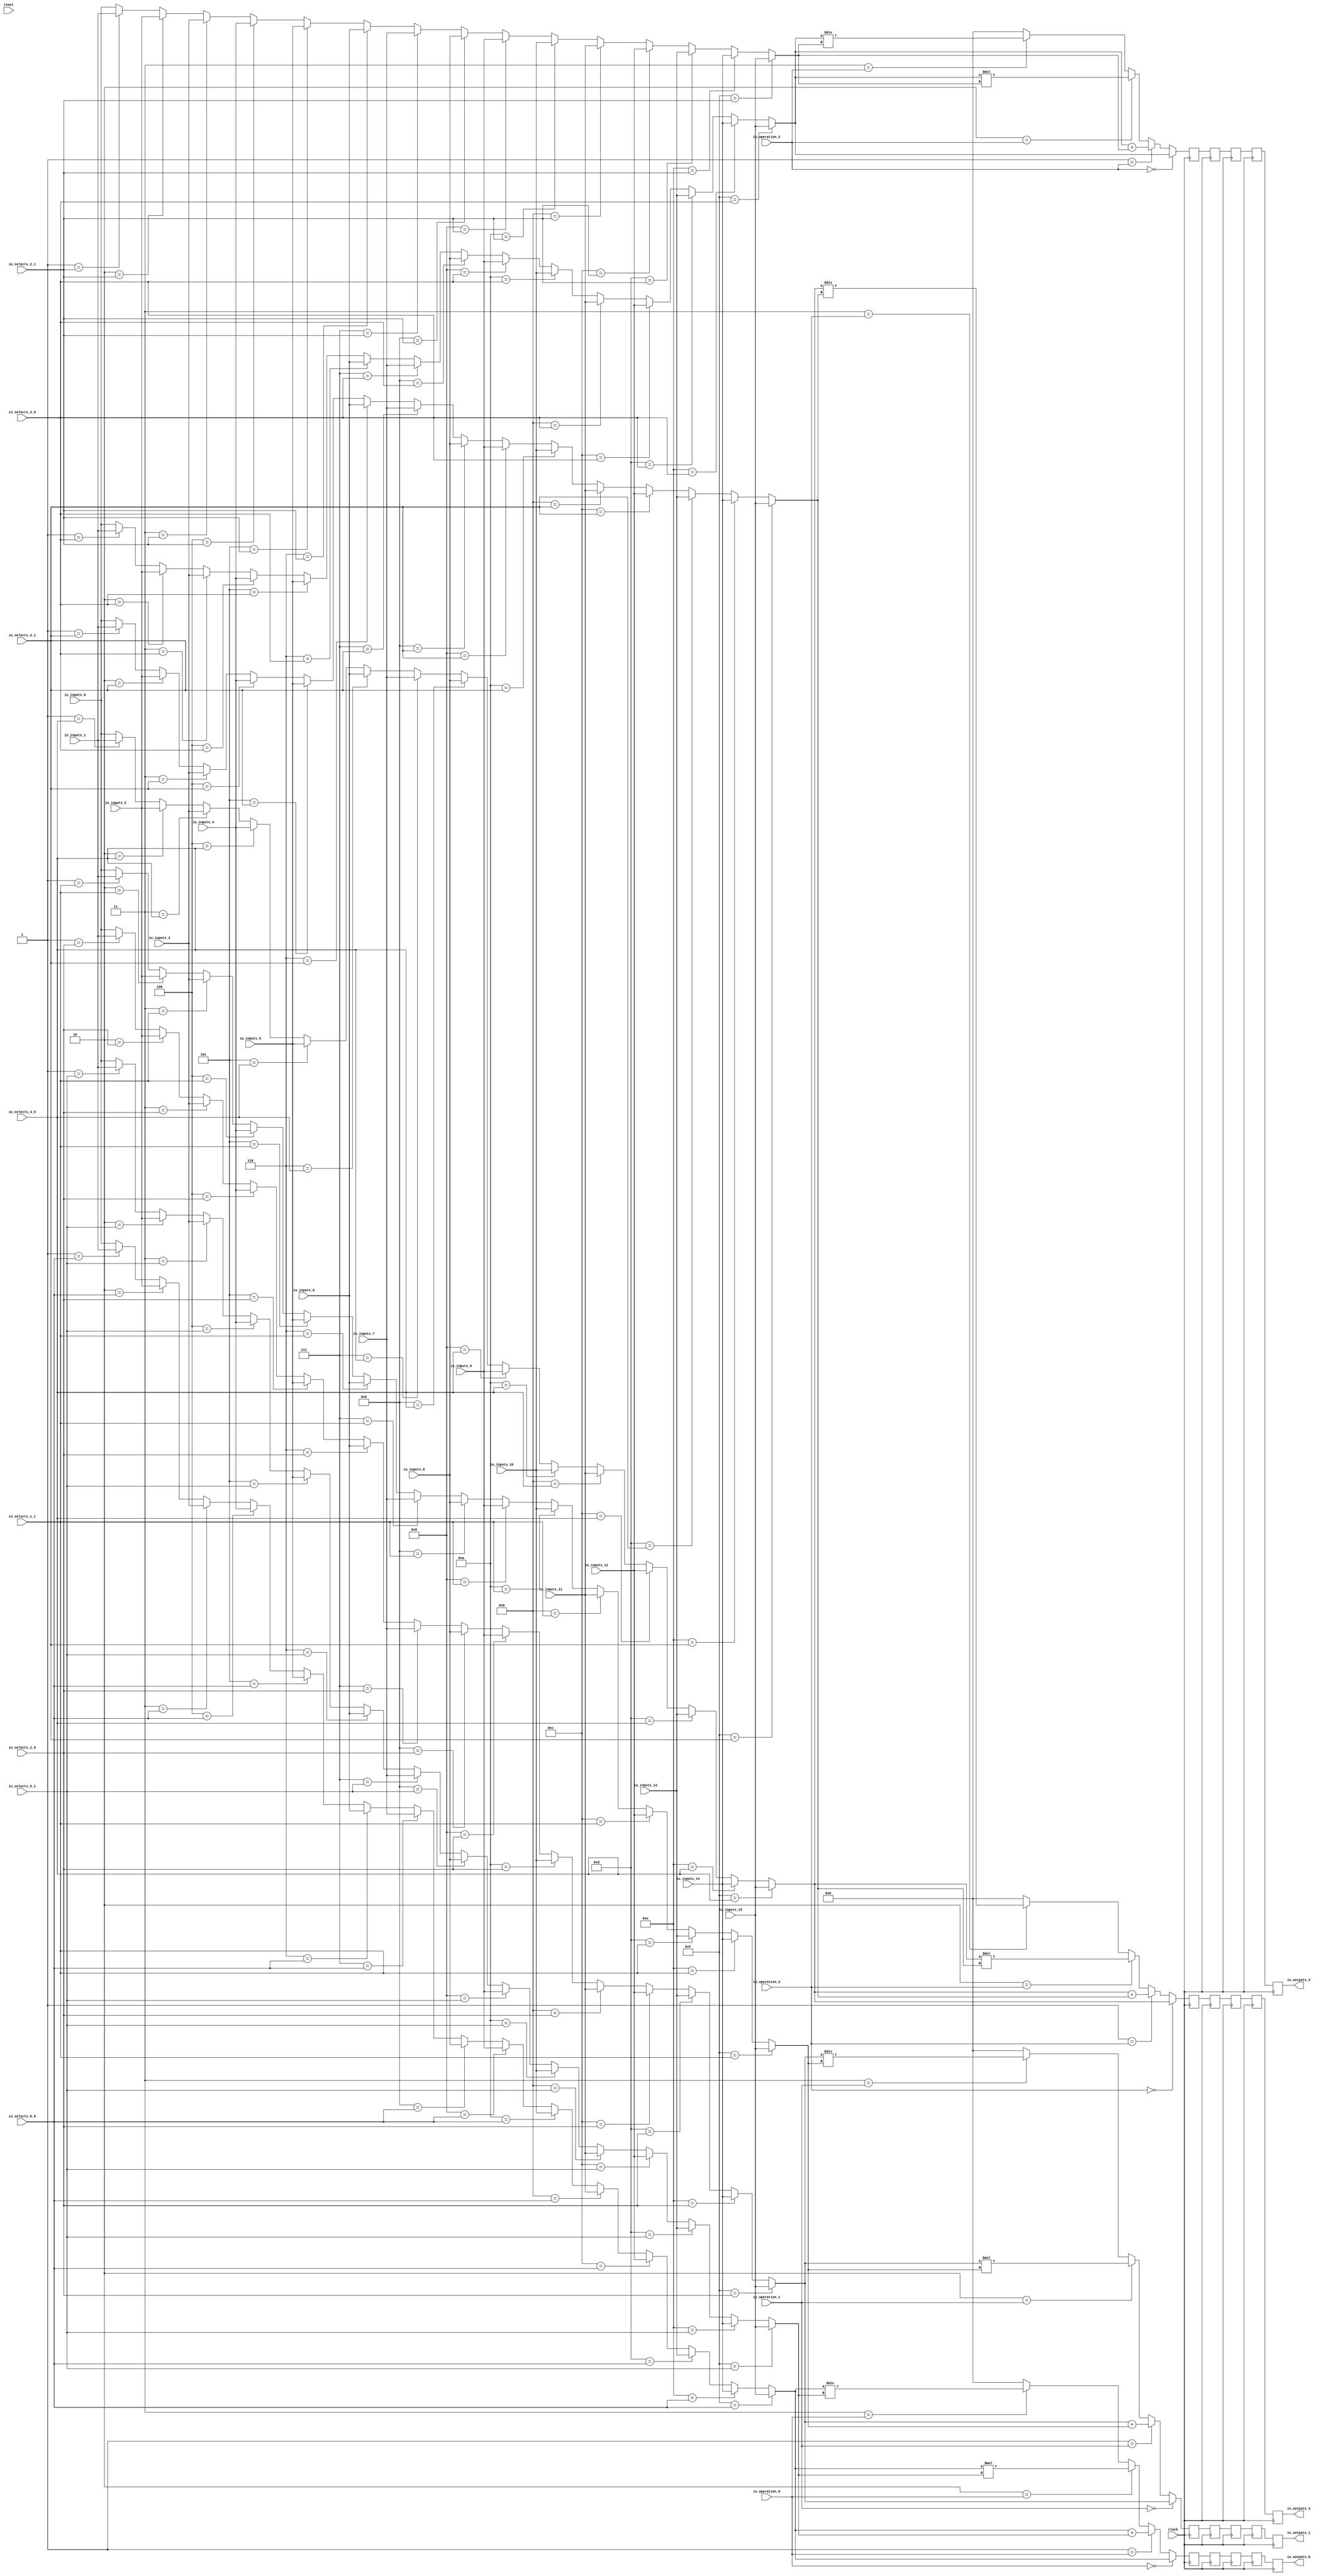
module MuxTest_width_256_inputs_16_outputs_4_pipeline_5( // @[:@3.2]
  input          clock, // @[:@4.4]
  input          reset, // @[:@5.4]
  input  [3:0]   io_selects_0_0, // @[:@6.4]
  input  [3:0]   io_selects_0_1, // @[:@6.4]
  input  [3:0]   io_selects_1_0, // @[:@6.4]
  input  [3:0]   io_selects_1_1, // @[:@6.4]
  input  [3:0]   io_selects_2_0, // @[:@6.4]
  input  [3:0]   io_selects_2_1, // @[:@6.4]
  input  [3:0]   io_selects_3_0, // @[:@6.4]
  input  [3:0]   io_selects_3_1, // @[:@6.4]
  input  [2:0]   io_operation_0, // @[:@6.4]
  input  [2:0]   io_operation_1, // @[:@6.4]
  input  [2:0]   io_operation_2, // @[:@6.4]
  input  [2:0]   io_operation_3, // @[:@6.4]
  input  [255:0] io_inputs_0, // @[:@6.4]
  input  [255:0] io_inputs_1, // @[:@6.4]
  input  [255:0] io_inputs_2, // @[:@6.4]
  input  [255:0] io_inputs_3, // @[:@6.4]
  input  [255:0] io_inputs_4, // @[:@6.4]
  input  [255:0] io_inputs_5, // @[:@6.4]
  input  [255:0] io_inputs_6, // @[:@6.4]
  input  [255:0] io_inputs_7, // @[:@6.4]
  input  [255:0] io_inputs_8, // @[:@6.4]
  input  [255:0] io_inputs_9, // @[:@6.4]
  input  [255:0] io_inputs_10, // @[:@6.4]
  input  [255:0] io_inputs_11, // @[:@6.4]
  input  [255:0] io_inputs_12, // @[:@6.4]
  input  [255:0] io_inputs_13, // @[:@6.4]
  input  [255:0] io_inputs_14, // @[:@6.4]
  input  [255:0] io_inputs_15, // @[:@6.4]
  output [255:0] io_outputs_0, // @[:@6.4]
  output [255:0] io_outputs_1, // @[:@6.4]
  output [255:0] io_outputs_2, // @[:@6.4]
  output [255:0] io_outputs_3 // @[:@6.4]
);
  wire [255:0] _GEN_1; // @[MuxTest_width_256_inputs_16_outputs_4_pipeline_5s.scala 32:53:@8.4]
  wire [255:0] _GEN_2; // @[MuxTest_width_256_inputs_16_outputs_4_pipeline_5s.scala 32:53:@8.4]
  wire [255:0] _GEN_3; // @[MuxTest_width_256_inputs_16_outputs_4_pipeline_5s.scala 32:53:@8.4]
  wire [255:0] _GEN_4; // @[MuxTest_width_256_inputs_16_outputs_4_pipeline_5s.scala 32:53:@8.4]
  wire [255:0] _GEN_5; // @[MuxTest_width_256_inputs_16_outputs_4_pipeline_5s.scala 32:53:@8.4]
  wire [255:0] _GEN_6; // @[MuxTest_width_256_inputs_16_outputs_4_pipeline_5s.scala 32:53:@8.4]
  wire [255:0] _GEN_7; // @[MuxTest_width_256_inputs_16_outputs_4_pipeline_5s.scala 32:53:@8.4]
  wire [255:0] _GEN_8; // @[MuxTest_width_256_inputs_16_outputs_4_pipeline_5s.scala 32:53:@8.4]
  wire [255:0] _GEN_9; // @[MuxTest_width_256_inputs_16_outputs_4_pipeline_5s.scala 32:53:@8.4]
  wire [255:0] _GEN_10; // @[MuxTest_width_256_inputs_16_outputs_4_pipeline_5s.scala 32:53:@8.4]
  wire [255:0] _GEN_11; // @[MuxTest_width_256_inputs_16_outputs_4_pipeline_5s.scala 32:53:@8.4]
  wire [255:0] _GEN_12; // @[MuxTest_width_256_inputs_16_outputs_4_pipeline_5s.scala 32:53:@8.4]
  wire [255:0] _GEN_13; // @[MuxTest_width_256_inputs_16_outputs_4_pipeline_5s.scala 32:53:@8.4]
  wire [255:0] _GEN_14; // @[MuxTest_width_256_inputs_16_outputs_4_pipeline_5s.scala 32:53:@8.4]
  wire [255:0] _GEN_15; // @[MuxTest_width_256_inputs_16_outputs_4_pipeline_5s.scala 32:53:@8.4]
  wire [255:0] _GEN_17; // @[MuxTest_width_256_inputs_16_outputs_4_pipeline_5s.scala 32:53:@8.4]
  wire [255:0] _GEN_18; // @[MuxTest_width_256_inputs_16_outputs_4_pipeline_5s.scala 32:53:@8.4]
  wire [255:0] _GEN_19; // @[MuxTest_width_256_inputs_16_outputs_4_pipeline_5s.scala 32:53:@8.4]
  wire [255:0] _GEN_20; // @[MuxTest_width_256_inputs_16_outputs_4_pipeline_5s.scala 32:53:@8.4]
  wire [255:0] _GEN_21; // @[MuxTest_width_256_inputs_16_outputs_4_pipeline_5s.scala 32:53:@8.4]
  wire [255:0] _GEN_22; // @[MuxTest_width_256_inputs_16_outputs_4_pipeline_5s.scala 32:53:@8.4]
  wire [255:0] _GEN_23; // @[MuxTest_width_256_inputs_16_outputs_4_pipeline_5s.scala 32:53:@8.4]
  wire [255:0] _GEN_24; // @[MuxTest_width_256_inputs_16_outputs_4_pipeline_5s.scala 32:53:@8.4]
  wire [255:0] _GEN_25; // @[MuxTest_width_256_inputs_16_outputs_4_pipeline_5s.scala 32:53:@8.4]
  wire [255:0] _GEN_26; // @[MuxTest_width_256_inputs_16_outputs_4_pipeline_5s.scala 32:53:@8.4]
  wire [255:0] _GEN_27; // @[MuxTest_width_256_inputs_16_outputs_4_pipeline_5s.scala 32:53:@8.4]
  wire [255:0] _GEN_28; // @[MuxTest_width_256_inputs_16_outputs_4_pipeline_5s.scala 32:53:@8.4]
  wire [255:0] _GEN_29; // @[MuxTest_width_256_inputs_16_outputs_4_pipeline_5s.scala 32:53:@8.4]
  wire [255:0] _GEN_30; // @[MuxTest_width_256_inputs_16_outputs_4_pipeline_5s.scala 32:53:@8.4]
  wire [255:0] _GEN_31; // @[MuxTest_width_256_inputs_16_outputs_4_pipeline_5s.scala 32:53:@8.4]
  wire [256:0] _T_266; // @[MuxTest_width_256_inputs_16_outputs_4_pipeline_5s.scala 32:53:@8.4]
  wire [255:0] _T_267; // @[MuxTest_width_256_inputs_16_outputs_4_pipeline_5s.scala 32:53:@9.4]
  wire [511:0] _T_269; // @[MuxTest_width_256_inputs_16_outputs_4_pipeline_5s.scala 33:58:@10.4]
  wire [255:0] _T_271; // @[MuxTest_width_256_inputs_16_outputs_4_pipeline_5s.scala 34:56:@11.4]
  wire  _T_272; // @[Mux.scala 46:19:@12.4]
  wire [255:0] _T_273; // @[Mux.scala 46:16:@13.4]
  wire  _T_274; // @[Mux.scala 46:19:@14.4]
  wire [511:0] _T_275; // @[Mux.scala 46:16:@15.4]
  wire  _T_276; // @[Mux.scala 46:19:@16.4]
  wire [511:0] _T_277; // @[Mux.scala 46:16:@17.4]
  wire  _T_278; // @[Mux.scala 46:19:@18.4]
  wire [255:0] _GEN_33; // @[MuxTest_width_256_inputs_16_outputs_4_pipeline_5s.scala 32:53:@20.4]
  wire [255:0] _GEN_34; // @[MuxTest_width_256_inputs_16_outputs_4_pipeline_5s.scala 32:53:@20.4]
  wire [255:0] _GEN_35; // @[MuxTest_width_256_inputs_16_outputs_4_pipeline_5s.scala 32:53:@20.4]
  wire [255:0] _GEN_36; // @[MuxTest_width_256_inputs_16_outputs_4_pipeline_5s.scala 32:53:@20.4]
  wire [255:0] _GEN_37; // @[MuxTest_width_256_inputs_16_outputs_4_pipeline_5s.scala 32:53:@20.4]
  wire [255:0] _GEN_38; // @[MuxTest_width_256_inputs_16_outputs_4_pipeline_5s.scala 32:53:@20.4]
  wire [255:0] _GEN_39; // @[MuxTest_width_256_inputs_16_outputs_4_pipeline_5s.scala 32:53:@20.4]
  wire [255:0] _GEN_40; // @[MuxTest_width_256_inputs_16_outputs_4_pipeline_5s.scala 32:53:@20.4]
  wire [255:0] _GEN_41; // @[MuxTest_width_256_inputs_16_outputs_4_pipeline_5s.scala 32:53:@20.4]
  wire [255:0] _GEN_42; // @[MuxTest_width_256_inputs_16_outputs_4_pipeline_5s.scala 32:53:@20.4]
  wire [255:0] _GEN_43; // @[MuxTest_width_256_inputs_16_outputs_4_pipeline_5s.scala 32:53:@20.4]
  wire [255:0] _GEN_44; // @[MuxTest_width_256_inputs_16_outputs_4_pipeline_5s.scala 32:53:@20.4]
  wire [255:0] _GEN_45; // @[MuxTest_width_256_inputs_16_outputs_4_pipeline_5s.scala 32:53:@20.4]
  wire [255:0] _GEN_46; // @[MuxTest_width_256_inputs_16_outputs_4_pipeline_5s.scala 32:53:@20.4]
  wire [255:0] _GEN_47; // @[MuxTest_width_256_inputs_16_outputs_4_pipeline_5s.scala 32:53:@20.4]
  wire [255:0] _GEN_49; // @[MuxTest_width_256_inputs_16_outputs_4_pipeline_5s.scala 32:53:@20.4]
  wire [255:0] _GEN_50; // @[MuxTest_width_256_inputs_16_outputs_4_pipeline_5s.scala 32:53:@20.4]
  wire [255:0] _GEN_51; // @[MuxTest_width_256_inputs_16_outputs_4_pipeline_5s.scala 32:53:@20.4]
  wire [255:0] _GEN_52; // @[MuxTest_width_256_inputs_16_outputs_4_pipeline_5s.scala 32:53:@20.4]
  wire [255:0] _GEN_53; // @[MuxTest_width_256_inputs_16_outputs_4_pipeline_5s.scala 32:53:@20.4]
  wire [255:0] _GEN_54; // @[MuxTest_width_256_inputs_16_outputs_4_pipeline_5s.scala 32:53:@20.4]
  wire [255:0] _GEN_55; // @[MuxTest_width_256_inputs_16_outputs_4_pipeline_5s.scala 32:53:@20.4]
  wire [255:0] _GEN_56; // @[MuxTest_width_256_inputs_16_outputs_4_pipeline_5s.scala 32:53:@20.4]
  wire [255:0] _GEN_57; // @[MuxTest_width_256_inputs_16_outputs_4_pipeline_5s.scala 32:53:@20.4]
  wire [255:0] _GEN_58; // @[MuxTest_width_256_inputs_16_outputs_4_pipeline_5s.scala 32:53:@20.4]
  wire [255:0] _GEN_59; // @[MuxTest_width_256_inputs_16_outputs_4_pipeline_5s.scala 32:53:@20.4]
  wire [255:0] _GEN_60; // @[MuxTest_width_256_inputs_16_outputs_4_pipeline_5s.scala 32:53:@20.4]
  wire [255:0] _GEN_61; // @[MuxTest_width_256_inputs_16_outputs_4_pipeline_5s.scala 32:53:@20.4]
  wire [255:0] _GEN_62; // @[MuxTest_width_256_inputs_16_outputs_4_pipeline_5s.scala 32:53:@20.4]
  wire [255:0] _GEN_63; // @[MuxTest_width_256_inputs_16_outputs_4_pipeline_5s.scala 32:53:@20.4]
  wire [256:0] _T_283; // @[MuxTest_width_256_inputs_16_outputs_4_pipeline_5s.scala 32:53:@20.4]
  wire [255:0] _T_284; // @[MuxTest_width_256_inputs_16_outputs_4_pipeline_5s.scala 32:53:@21.4]
  wire [511:0] _T_286; // @[MuxTest_width_256_inputs_16_outputs_4_pipeline_5s.scala 33:58:@22.4]
  wire [255:0] _T_288; // @[MuxTest_width_256_inputs_16_outputs_4_pipeline_5s.scala 34:56:@23.4]
  wire  _T_289; // @[Mux.scala 46:19:@24.4]
  wire [255:0] _T_290; // @[Mux.scala 46:16:@25.4]
  wire  _T_291; // @[Mux.scala 46:19:@26.4]
  wire [511:0] _T_292; // @[Mux.scala 46:16:@27.4]
  wire  _T_293; // @[Mux.scala 46:19:@28.4]
  wire [511:0] _T_294; // @[Mux.scala 46:16:@29.4]
  wire  _T_295; // @[Mux.scala 46:19:@30.4]
  wire [255:0] _GEN_65; // @[MuxTest_width_256_inputs_16_outputs_4_pipeline_5s.scala 32:53:@32.4]
  wire [255:0] _GEN_66; // @[MuxTest_width_256_inputs_16_outputs_4_pipeline_5s.scala 32:53:@32.4]
  wire [255:0] _GEN_67; // @[MuxTest_width_256_inputs_16_outputs_4_pipeline_5s.scala 32:53:@32.4]
  wire [255:0] _GEN_68; // @[MuxTest_width_256_inputs_16_outputs_4_pipeline_5s.scala 32:53:@32.4]
  wire [255:0] _GEN_69; // @[MuxTest_width_256_inputs_16_outputs_4_pipeline_5s.scala 32:53:@32.4]
  wire [255:0] _GEN_70; // @[MuxTest_width_256_inputs_16_outputs_4_pipeline_5s.scala 32:53:@32.4]
  wire [255:0] _GEN_71; // @[MuxTest_width_256_inputs_16_outputs_4_pipeline_5s.scala 32:53:@32.4]
  wire [255:0] _GEN_72; // @[MuxTest_width_256_inputs_16_outputs_4_pipeline_5s.scala 32:53:@32.4]
  wire [255:0] _GEN_73; // @[MuxTest_width_256_inputs_16_outputs_4_pipeline_5s.scala 32:53:@32.4]
  wire [255:0] _GEN_74; // @[MuxTest_width_256_inputs_16_outputs_4_pipeline_5s.scala 32:53:@32.4]
  wire [255:0] _GEN_75; // @[MuxTest_width_256_inputs_16_outputs_4_pipeline_5s.scala 32:53:@32.4]
  wire [255:0] _GEN_76; // @[MuxTest_width_256_inputs_16_outputs_4_pipeline_5s.scala 32:53:@32.4]
  wire [255:0] _GEN_77; // @[MuxTest_width_256_inputs_16_outputs_4_pipeline_5s.scala 32:53:@32.4]
  wire [255:0] _GEN_78; // @[MuxTest_width_256_inputs_16_outputs_4_pipeline_5s.scala 32:53:@32.4]
  wire [255:0] _GEN_79; // @[MuxTest_width_256_inputs_16_outputs_4_pipeline_5s.scala 32:53:@32.4]
  wire [255:0] _GEN_81; // @[MuxTest_width_256_inputs_16_outputs_4_pipeline_5s.scala 32:53:@32.4]
  wire [255:0] _GEN_82; // @[MuxTest_width_256_inputs_16_outputs_4_pipeline_5s.scala 32:53:@32.4]
  wire [255:0] _GEN_83; // @[MuxTest_width_256_inputs_16_outputs_4_pipeline_5s.scala 32:53:@32.4]
  wire [255:0] _GEN_84; // @[MuxTest_width_256_inputs_16_outputs_4_pipeline_5s.scala 32:53:@32.4]
  wire [255:0] _GEN_85; // @[MuxTest_width_256_inputs_16_outputs_4_pipeline_5s.scala 32:53:@32.4]
  wire [255:0] _GEN_86; // @[MuxTest_width_256_inputs_16_outputs_4_pipeline_5s.scala 32:53:@32.4]
  wire [255:0] _GEN_87; // @[MuxTest_width_256_inputs_16_outputs_4_pipeline_5s.scala 32:53:@32.4]
  wire [255:0] _GEN_88; // @[MuxTest_width_256_inputs_16_outputs_4_pipeline_5s.scala 32:53:@32.4]
  wire [255:0] _GEN_89; // @[MuxTest_width_256_inputs_16_outputs_4_pipeline_5s.scala 32:53:@32.4]
  wire [255:0] _GEN_90; // @[MuxTest_width_256_inputs_16_outputs_4_pipeline_5s.scala 32:53:@32.4]
  wire [255:0] _GEN_91; // @[MuxTest_width_256_inputs_16_outputs_4_pipeline_5s.scala 32:53:@32.4]
  wire [255:0] _GEN_92; // @[MuxTest_width_256_inputs_16_outputs_4_pipeline_5s.scala 32:53:@32.4]
  wire [255:0] _GEN_93; // @[MuxTest_width_256_inputs_16_outputs_4_pipeline_5s.scala 32:53:@32.4]
  wire [255:0] _GEN_94; // @[MuxTest_width_256_inputs_16_outputs_4_pipeline_5s.scala 32:53:@32.4]
  wire [255:0] _GEN_95; // @[MuxTest_width_256_inputs_16_outputs_4_pipeline_5s.scala 32:53:@32.4]
  wire [256:0] _T_300; // @[MuxTest_width_256_inputs_16_outputs_4_pipeline_5s.scala 32:53:@32.4]
  wire [255:0] _T_301; // @[MuxTest_width_256_inputs_16_outputs_4_pipeline_5s.scala 32:53:@33.4]
  wire [511:0] _T_303; // @[MuxTest_width_256_inputs_16_outputs_4_pipeline_5s.scala 33:58:@34.4]
  wire [255:0] _T_305; // @[MuxTest_width_256_inputs_16_outputs_4_pipeline_5s.scala 34:56:@35.4]
  wire  _T_306; // @[Mux.scala 46:19:@36.4]
  wire [255:0] _T_307; // @[Mux.scala 46:16:@37.4]
  wire  _T_308; // @[Mux.scala 46:19:@38.4]
  wire [511:0] _T_309; // @[Mux.scala 46:16:@39.4]
  wire  _T_310; // @[Mux.scala 46:19:@40.4]
  wire [511:0] _T_311; // @[Mux.scala 46:16:@41.4]
  wire  _T_312; // @[Mux.scala 46:19:@42.4]
  wire [255:0] _GEN_97; // @[MuxTest_width_256_inputs_16_outputs_4_pipeline_5s.scala 32:53:@44.4]
  wire [255:0] _GEN_98; // @[MuxTest_width_256_inputs_16_outputs_4_pipeline_5s.scala 32:53:@44.4]
  wire [255:0] _GEN_99; // @[MuxTest_width_256_inputs_16_outputs_4_pipeline_5s.scala 32:53:@44.4]
  wire [255:0] _GEN_100; // @[MuxTest_width_256_inputs_16_outputs_4_pipeline_5s.scala 32:53:@44.4]
  wire [255:0] _GEN_101; // @[MuxTest_width_256_inputs_16_outputs_4_pipeline_5s.scala 32:53:@44.4]
  wire [255:0] _GEN_102; // @[MuxTest_width_256_inputs_16_outputs_4_pipeline_5s.scala 32:53:@44.4]
  wire [255:0] _GEN_103; // @[MuxTest_width_256_inputs_16_outputs_4_pipeline_5s.scala 32:53:@44.4]
  wire [255:0] _GEN_104; // @[MuxTest_width_256_inputs_16_outputs_4_pipeline_5s.scala 32:53:@44.4]
  wire [255:0] _GEN_105; // @[MuxTest_width_256_inputs_16_outputs_4_pipeline_5s.scala 32:53:@44.4]
  wire [255:0] _GEN_106; // @[MuxTest_width_256_inputs_16_outputs_4_pipeline_5s.scala 32:53:@44.4]
  wire [255:0] _GEN_107; // @[MuxTest_width_256_inputs_16_outputs_4_pipeline_5s.scala 32:53:@44.4]
  wire [255:0] _GEN_108; // @[MuxTest_width_256_inputs_16_outputs_4_pipeline_5s.scala 32:53:@44.4]
  wire [255:0] _GEN_109; // @[MuxTest_width_256_inputs_16_outputs_4_pipeline_5s.scala 32:53:@44.4]
  wire [255:0] _GEN_110; // @[MuxTest_width_256_inputs_16_outputs_4_pipeline_5s.scala 32:53:@44.4]
  wire [255:0] _GEN_111; // @[MuxTest_width_256_inputs_16_outputs_4_pipeline_5s.scala 32:53:@44.4]
  wire [255:0] _GEN_113; // @[MuxTest_width_256_inputs_16_outputs_4_pipeline_5s.scala 32:53:@44.4]
  wire [255:0] _GEN_114; // @[MuxTest_width_256_inputs_16_outputs_4_pipeline_5s.scala 32:53:@44.4]
  wire [255:0] _GEN_115; // @[MuxTest_width_256_inputs_16_outputs_4_pipeline_5s.scala 32:53:@44.4]
  wire [255:0] _GEN_116; // @[MuxTest_width_256_inputs_16_outputs_4_pipeline_5s.scala 32:53:@44.4]
  wire [255:0] _GEN_117; // @[MuxTest_width_256_inputs_16_outputs_4_pipeline_5s.scala 32:53:@44.4]
  wire [255:0] _GEN_118; // @[MuxTest_width_256_inputs_16_outputs_4_pipeline_5s.scala 32:53:@44.4]
  wire [255:0] _GEN_119; // @[MuxTest_width_256_inputs_16_outputs_4_pipeline_5s.scala 32:53:@44.4]
  wire [255:0] _GEN_120; // @[MuxTest_width_256_inputs_16_outputs_4_pipeline_5s.scala 32:53:@44.4]
  wire [255:0] _GEN_121; // @[MuxTest_width_256_inputs_16_outputs_4_pipeline_5s.scala 32:53:@44.4]
  wire [255:0] _GEN_122; // @[MuxTest_width_256_inputs_16_outputs_4_pipeline_5s.scala 32:53:@44.4]
  wire [255:0] _GEN_123; // @[MuxTest_width_256_inputs_16_outputs_4_pipeline_5s.scala 32:53:@44.4]
  wire [255:0] _GEN_124; // @[MuxTest_width_256_inputs_16_outputs_4_pipeline_5s.scala 32:53:@44.4]
  wire [255:0] _GEN_125; // @[MuxTest_width_256_inputs_16_outputs_4_pipeline_5s.scala 32:53:@44.4]
  wire [255:0] _GEN_126; // @[MuxTest_width_256_inputs_16_outputs_4_pipeline_5s.scala 32:53:@44.4]
  wire [255:0] _GEN_127; // @[MuxTest_width_256_inputs_16_outputs_4_pipeline_5s.scala 32:53:@44.4]
  wire [256:0] _T_317; // @[MuxTest_width_256_inputs_16_outputs_4_pipeline_5s.scala 32:53:@44.4]
  wire [255:0] _T_318; // @[MuxTest_width_256_inputs_16_outputs_4_pipeline_5s.scala 32:53:@45.4]
  wire [511:0] _T_320; // @[MuxTest_width_256_inputs_16_outputs_4_pipeline_5s.scala 33:58:@46.4]
  wire [255:0] _T_322; // @[MuxTest_width_256_inputs_16_outputs_4_pipeline_5s.scala 34:56:@47.4]
  wire  _T_323; // @[Mux.scala 46:19:@48.4]
  wire [255:0] _T_324; // @[Mux.scala 46:16:@49.4]
  wire  _T_325; // @[Mux.scala 46:19:@50.4]
  wire [511:0] _T_326; // @[Mux.scala 46:16:@51.4]
  wire  _T_327; // @[Mux.scala 46:19:@52.4]
  wire [511:0] _T_328; // @[Mux.scala 46:16:@53.4]
  wire  _T_329; // @[Mux.scala 46:19:@54.4]
  reg [511:0] _T_333; // @[Reg.scala 11:16:@56.4]
  reg [511:0] _RAND_0;
  reg [511:0] _T_335; // @[Reg.scala 11:16:@60.4]
  reg [511:0] _RAND_1;
  reg [511:0] _T_337; // @[Reg.scala 11:16:@64.4]
  reg [511:0] _RAND_2;
  reg [511:0] _T_339; // @[Reg.scala 11:16:@68.4]
  reg [511:0] _RAND_3;
  reg [511:0] _T_341; // @[Reg.scala 11:16:@72.4]
  reg [511:0] _RAND_4;
  reg [511:0] _T_344; // @[Reg.scala 11:16:@76.4]
  reg [511:0] _RAND_5;
  reg [511:0] _T_346; // @[Reg.scala 11:16:@80.4]
  reg [511:0] _RAND_6;
  reg [511:0] _T_348; // @[Reg.scala 11:16:@84.4]
  reg [511:0] _RAND_7;
  reg [511:0] _T_350; // @[Reg.scala 11:16:@88.4]
  reg [511:0] _RAND_8;
  reg [511:0] _T_352; // @[Reg.scala 11:16:@92.4]
  reg [511:0] _RAND_9;
  reg [511:0] _T_355; // @[Reg.scala 11:16:@96.4]
  reg [511:0] _RAND_10;
  reg [511:0] _T_357; // @[Reg.scala 11:16:@100.4]
  reg [511:0] _RAND_11;
  reg [511:0] _T_359; // @[Reg.scala 11:16:@104.4]
  reg [511:0] _RAND_12;
  reg [511:0] _T_361; // @[Reg.scala 11:16:@108.4]
  reg [511:0] _RAND_13;
  reg [511:0] _T_363; // @[Reg.scala 11:16:@112.4]
  reg [511:0] _RAND_14;
  reg [511:0] _T_366; // @[Reg.scala 11:16:@116.4]
  reg [511:0] _RAND_15;
  reg [511:0] _T_368; // @[Reg.scala 11:16:@120.4]
  reg [511:0] _RAND_16;
  reg [511:0] _T_370; // @[Reg.scala 11:16:@124.4]
  reg [511:0] _RAND_17;
  reg [511:0] _T_372; // @[Reg.scala 11:16:@128.4]
  reg [511:0] _RAND_18;
  reg [511:0] _T_374; // @[Reg.scala 11:16:@132.4]
  reg [511:0] _RAND_19;
  assign _GEN_1 = 4'h1 == io_selects_0_0 ? io_inputs_1 : io_inputs_0; // @[MuxTest_width_256_inputs_16_outputs_4_pipeline_5s.scala 32:53:@8.4]
  assign _GEN_2 = 4'h2 == io_selects_0_0 ? io_inputs_2 : _GEN_1; // @[MuxTest_width_256_inputs_16_outputs_4_pipeline_5s.scala 32:53:@8.4]
  assign _GEN_3 = 4'h3 == io_selects_0_0 ? io_inputs_3 : _GEN_2; // @[MuxTest_width_256_inputs_16_outputs_4_pipeline_5s.scala 32:53:@8.4]
  assign _GEN_4 = 4'h4 == io_selects_0_0 ? io_inputs_4 : _GEN_3; // @[MuxTest_width_256_inputs_16_outputs_4_pipeline_5s.scala 32:53:@8.4]
  assign _GEN_5 = 4'h5 == io_selects_0_0 ? io_inputs_5 : _GEN_4; // @[MuxTest_width_256_inputs_16_outputs_4_pipeline_5s.scala 32:53:@8.4]
  assign _GEN_6 = 4'h6 == io_selects_0_0 ? io_inputs_6 : _GEN_5; // @[MuxTest_width_256_inputs_16_outputs_4_pipeline_5s.scala 32:53:@8.4]
  assign _GEN_7 = 4'h7 == io_selects_0_0 ? io_inputs_7 : _GEN_6; // @[MuxTest_width_256_inputs_16_outputs_4_pipeline_5s.scala 32:53:@8.4]
  assign _GEN_8 = 4'h8 == io_selects_0_0 ? io_inputs_8 : _GEN_7; // @[MuxTest_width_256_inputs_16_outputs_4_pipeline_5s.scala 32:53:@8.4]
  assign _GEN_9 = 4'h9 == io_selects_0_0 ? io_inputs_9 : _GEN_8; // @[MuxTest_width_256_inputs_16_outputs_4_pipeline_5s.scala 32:53:@8.4]
  assign _GEN_10 = 4'ha == io_selects_0_0 ? io_inputs_10 : _GEN_9; // @[MuxTest_width_256_inputs_16_outputs_4_pipeline_5s.scala 32:53:@8.4]
  assign _GEN_11 = 4'hb == io_selects_0_0 ? io_inputs_11 : _GEN_10; // @[MuxTest_width_256_inputs_16_outputs_4_pipeline_5s.scala 32:53:@8.4]
  assign _GEN_12 = 4'hc == io_selects_0_0 ? io_inputs_12 : _GEN_11; // @[MuxTest_width_256_inputs_16_outputs_4_pipeline_5s.scala 32:53:@8.4]
  assign _GEN_13 = 4'hd == io_selects_0_0 ? io_inputs_13 : _GEN_12; // @[MuxTest_width_256_inputs_16_outputs_4_pipeline_5s.scala 32:53:@8.4]
  assign _GEN_14 = 4'he == io_selects_0_0 ? io_inputs_14 : _GEN_13; // @[MuxTest_width_256_inputs_16_outputs_4_pipeline_5s.scala 32:53:@8.4]
  assign _GEN_15 = 4'hf == io_selects_0_0 ? io_inputs_15 : _GEN_14; // @[MuxTest_width_256_inputs_16_outputs_4_pipeline_5s.scala 32:53:@8.4]
  assign _GEN_17 = 4'h1 == io_selects_0_1 ? io_inputs_1 : io_inputs_0; // @[MuxTest_width_256_inputs_16_outputs_4_pipeline_5s.scala 32:53:@8.4]
  assign _GEN_18 = 4'h2 == io_selects_0_1 ? io_inputs_2 : _GEN_17; // @[MuxTest_width_256_inputs_16_outputs_4_pipeline_5s.scala 32:53:@8.4]
  assign _GEN_19 = 4'h3 == io_selects_0_1 ? io_inputs_3 : _GEN_18; // @[MuxTest_width_256_inputs_16_outputs_4_pipeline_5s.scala 32:53:@8.4]
  assign _GEN_20 = 4'h4 == io_selects_0_1 ? io_inputs_4 : _GEN_19; // @[MuxTest_width_256_inputs_16_outputs_4_pipeline_5s.scala 32:53:@8.4]
  assign _GEN_21 = 4'h5 == io_selects_0_1 ? io_inputs_5 : _GEN_20; // @[MuxTest_width_256_inputs_16_outputs_4_pipeline_5s.scala 32:53:@8.4]
  assign _GEN_22 = 4'h6 == io_selects_0_1 ? io_inputs_6 : _GEN_21; // @[MuxTest_width_256_inputs_16_outputs_4_pipeline_5s.scala 32:53:@8.4]
  assign _GEN_23 = 4'h7 == io_selects_0_1 ? io_inputs_7 : _GEN_22; // @[MuxTest_width_256_inputs_16_outputs_4_pipeline_5s.scala 32:53:@8.4]
  assign _GEN_24 = 4'h8 == io_selects_0_1 ? io_inputs_8 : _GEN_23; // @[MuxTest_width_256_inputs_16_outputs_4_pipeline_5s.scala 32:53:@8.4]
  assign _GEN_25 = 4'h9 == io_selects_0_1 ? io_inputs_9 : _GEN_24; // @[MuxTest_width_256_inputs_16_outputs_4_pipeline_5s.scala 32:53:@8.4]
  assign _GEN_26 = 4'ha == io_selects_0_1 ? io_inputs_10 : _GEN_25; // @[MuxTest_width_256_inputs_16_outputs_4_pipeline_5s.scala 32:53:@8.4]
  assign _GEN_27 = 4'hb == io_selects_0_1 ? io_inputs_11 : _GEN_26; // @[MuxTest_width_256_inputs_16_outputs_4_pipeline_5s.scala 32:53:@8.4]
  assign _GEN_28 = 4'hc == io_selects_0_1 ? io_inputs_12 : _GEN_27; // @[MuxTest_width_256_inputs_16_outputs_4_pipeline_5s.scala 32:53:@8.4]
  assign _GEN_29 = 4'hd == io_selects_0_1 ? io_inputs_13 : _GEN_28; // @[MuxTest_width_256_inputs_16_outputs_4_pipeline_5s.scala 32:53:@8.4]
  assign _GEN_30 = 4'he == io_selects_0_1 ? io_inputs_14 : _GEN_29; // @[MuxTest_width_256_inputs_16_outputs_4_pipeline_5s.scala 32:53:@8.4]
  assign _GEN_31 = 4'hf == io_selects_0_1 ? io_inputs_15 : _GEN_30; // @[MuxTest_width_256_inputs_16_outputs_4_pipeline_5s.scala 32:53:@8.4]
  assign _T_266 = _GEN_15 + _GEN_31; // @[MuxTest_width_256_inputs_16_outputs_4_pipeline_5s.scala 32:53:@8.4]
  assign _T_267 = _GEN_15 + _GEN_31; // @[MuxTest_width_256_inputs_16_outputs_4_pipeline_5s.scala 32:53:@9.4]
  assign _T_269 = _GEN_15 * _GEN_31; // @[MuxTest_width_256_inputs_16_outputs_4_pipeline_5s.scala 33:58:@10.4]
  assign _T_271 = _GEN_15 / _GEN_31; // @[MuxTest_width_256_inputs_16_outputs_4_pipeline_5s.scala 34:56:@11.4]
  assign _T_272 = 3'h3 == io_operation_0; // @[Mux.scala 46:19:@12.4]
  assign _T_273 = _T_272 ? _T_271 : 256'h0; // @[Mux.scala 46:16:@13.4]
  assign _T_274 = 3'h2 == io_operation_0; // @[Mux.scala 46:19:@14.4]
  assign _T_275 = _T_274 ? _T_269 : {{256'd0}, _T_273}; // @[Mux.scala 46:16:@15.4]
  assign _T_276 = 3'h1 == io_operation_0; // @[Mux.scala 46:19:@16.4]
  assign _T_277 = _T_276 ? {{256'd0}, _T_267} : _T_275; // @[Mux.scala 46:16:@17.4]
  assign _T_278 = 3'h0 == io_operation_0; // @[Mux.scala 46:19:@18.4]
  assign _GEN_33 = 4'h1 == io_selects_1_0 ? io_inputs_1 : io_inputs_0; // @[MuxTest_width_256_inputs_16_outputs_4_pipeline_5s.scala 32:53:@20.4]
  assign _GEN_34 = 4'h2 == io_selects_1_0 ? io_inputs_2 : _GEN_33; // @[MuxTest_width_256_inputs_16_outputs_4_pipeline_5s.scala 32:53:@20.4]
  assign _GEN_35 = 4'h3 == io_selects_1_0 ? io_inputs_3 : _GEN_34; // @[MuxTest_width_256_inputs_16_outputs_4_pipeline_5s.scala 32:53:@20.4]
  assign _GEN_36 = 4'h4 == io_selects_1_0 ? io_inputs_4 : _GEN_35; // @[MuxTest_width_256_inputs_16_outputs_4_pipeline_5s.scala 32:53:@20.4]
  assign _GEN_37 = 4'h5 == io_selects_1_0 ? io_inputs_5 : _GEN_36; // @[MuxTest_width_256_inputs_16_outputs_4_pipeline_5s.scala 32:53:@20.4]
  assign _GEN_38 = 4'h6 == io_selects_1_0 ? io_inputs_6 : _GEN_37; // @[MuxTest_width_256_inputs_16_outputs_4_pipeline_5s.scala 32:53:@20.4]
  assign _GEN_39 = 4'h7 == io_selects_1_0 ? io_inputs_7 : _GEN_38; // @[MuxTest_width_256_inputs_16_outputs_4_pipeline_5s.scala 32:53:@20.4]
  assign _GEN_40 = 4'h8 == io_selects_1_0 ? io_inputs_8 : _GEN_39; // @[MuxTest_width_256_inputs_16_outputs_4_pipeline_5s.scala 32:53:@20.4]
  assign _GEN_41 = 4'h9 == io_selects_1_0 ? io_inputs_9 : _GEN_40; // @[MuxTest_width_256_inputs_16_outputs_4_pipeline_5s.scala 32:53:@20.4]
  assign _GEN_42 = 4'ha == io_selects_1_0 ? io_inputs_10 : _GEN_41; // @[MuxTest_width_256_inputs_16_outputs_4_pipeline_5s.scala 32:53:@20.4]
  assign _GEN_43 = 4'hb == io_selects_1_0 ? io_inputs_11 : _GEN_42; // @[MuxTest_width_256_inputs_16_outputs_4_pipeline_5s.scala 32:53:@20.4]
  assign _GEN_44 = 4'hc == io_selects_1_0 ? io_inputs_12 : _GEN_43; // @[MuxTest_width_256_inputs_16_outputs_4_pipeline_5s.scala 32:53:@20.4]
  assign _GEN_45 = 4'hd == io_selects_1_0 ? io_inputs_13 : _GEN_44; // @[MuxTest_width_256_inputs_16_outputs_4_pipeline_5s.scala 32:53:@20.4]
  assign _GEN_46 = 4'he == io_selects_1_0 ? io_inputs_14 : _GEN_45; // @[MuxTest_width_256_inputs_16_outputs_4_pipeline_5s.scala 32:53:@20.4]
  assign _GEN_47 = 4'hf == io_selects_1_0 ? io_inputs_15 : _GEN_46; // @[MuxTest_width_256_inputs_16_outputs_4_pipeline_5s.scala 32:53:@20.4]
  assign _GEN_49 = 4'h1 == io_selects_1_1 ? io_inputs_1 : io_inputs_0; // @[MuxTest_width_256_inputs_16_outputs_4_pipeline_5s.scala 32:53:@20.4]
  assign _GEN_50 = 4'h2 == io_selects_1_1 ? io_inputs_2 : _GEN_49; // @[MuxTest_width_256_inputs_16_outputs_4_pipeline_5s.scala 32:53:@20.4]
  assign _GEN_51 = 4'h3 == io_selects_1_1 ? io_inputs_3 : _GEN_50; // @[MuxTest_width_256_inputs_16_outputs_4_pipeline_5s.scala 32:53:@20.4]
  assign _GEN_52 = 4'h4 == io_selects_1_1 ? io_inputs_4 : _GEN_51; // @[MuxTest_width_256_inputs_16_outputs_4_pipeline_5s.scala 32:53:@20.4]
  assign _GEN_53 = 4'h5 == io_selects_1_1 ? io_inputs_5 : _GEN_52; // @[MuxTest_width_256_inputs_16_outputs_4_pipeline_5s.scala 32:53:@20.4]
  assign _GEN_54 = 4'h6 == io_selects_1_1 ? io_inputs_6 : _GEN_53; // @[MuxTest_width_256_inputs_16_outputs_4_pipeline_5s.scala 32:53:@20.4]
  assign _GEN_55 = 4'h7 == io_selects_1_1 ? io_inputs_7 : _GEN_54; // @[MuxTest_width_256_inputs_16_outputs_4_pipeline_5s.scala 32:53:@20.4]
  assign _GEN_56 = 4'h8 == io_selects_1_1 ? io_inputs_8 : _GEN_55; // @[MuxTest_width_256_inputs_16_outputs_4_pipeline_5s.scala 32:53:@20.4]
  assign _GEN_57 = 4'h9 == io_selects_1_1 ? io_inputs_9 : _GEN_56; // @[MuxTest_width_256_inputs_16_outputs_4_pipeline_5s.scala 32:53:@20.4]
  assign _GEN_58 = 4'ha == io_selects_1_1 ? io_inputs_10 : _GEN_57; // @[MuxTest_width_256_inputs_16_outputs_4_pipeline_5s.scala 32:53:@20.4]
  assign _GEN_59 = 4'hb == io_selects_1_1 ? io_inputs_11 : _GEN_58; // @[MuxTest_width_256_inputs_16_outputs_4_pipeline_5s.scala 32:53:@20.4]
  assign _GEN_60 = 4'hc == io_selects_1_1 ? io_inputs_12 : _GEN_59; // @[MuxTest_width_256_inputs_16_outputs_4_pipeline_5s.scala 32:53:@20.4]
  assign _GEN_61 = 4'hd == io_selects_1_1 ? io_inputs_13 : _GEN_60; // @[MuxTest_width_256_inputs_16_outputs_4_pipeline_5s.scala 32:53:@20.4]
  assign _GEN_62 = 4'he == io_selects_1_1 ? io_inputs_14 : _GEN_61; // @[MuxTest_width_256_inputs_16_outputs_4_pipeline_5s.scala 32:53:@20.4]
  assign _GEN_63 = 4'hf == io_selects_1_1 ? io_inputs_15 : _GEN_62; // @[MuxTest_width_256_inputs_16_outputs_4_pipeline_5s.scala 32:53:@20.4]
  assign _T_283 = _GEN_47 + _GEN_63; // @[MuxTest_width_256_inputs_16_outputs_4_pipeline_5s.scala 32:53:@20.4]
  assign _T_284 = _GEN_47 + _GEN_63; // @[MuxTest_width_256_inputs_16_outputs_4_pipeline_5s.scala 32:53:@21.4]
  assign _T_286 = _GEN_47 * _GEN_63; // @[MuxTest_width_256_inputs_16_outputs_4_pipeline_5s.scala 33:58:@22.4]
  assign _T_288 = _GEN_47 / _GEN_63; // @[MuxTest_width_256_inputs_16_outputs_4_pipeline_5s.scala 34:56:@23.4]
  assign _T_289 = 3'h3 == io_operation_1; // @[Mux.scala 46:19:@24.4]
  assign _T_290 = _T_289 ? _T_288 : 256'h0; // @[Mux.scala 46:16:@25.4]
  assign _T_291 = 3'h2 == io_operation_1; // @[Mux.scala 46:19:@26.4]
  assign _T_292 = _T_291 ? _T_286 : {{256'd0}, _T_290}; // @[Mux.scala 46:16:@27.4]
  assign _T_293 = 3'h1 == io_operation_1; // @[Mux.scala 46:19:@28.4]
  assign _T_294 = _T_293 ? {{256'd0}, _T_284} : _T_292; // @[Mux.scala 46:16:@29.4]
  assign _T_295 = 3'h0 == io_operation_1; // @[Mux.scala 46:19:@30.4]
  assign _GEN_65 = 4'h1 == io_selects_2_0 ? io_inputs_1 : io_inputs_0; // @[MuxTest_width_256_inputs_16_outputs_4_pipeline_5s.scala 32:53:@32.4]
  assign _GEN_66 = 4'h2 == io_selects_2_0 ? io_inputs_2 : _GEN_65; // @[MuxTest_width_256_inputs_16_outputs_4_pipeline_5s.scala 32:53:@32.4]
  assign _GEN_67 = 4'h3 == io_selects_2_0 ? io_inputs_3 : _GEN_66; // @[MuxTest_width_256_inputs_16_outputs_4_pipeline_5s.scala 32:53:@32.4]
  assign _GEN_68 = 4'h4 == io_selects_2_0 ? io_inputs_4 : _GEN_67; // @[MuxTest_width_256_inputs_16_outputs_4_pipeline_5s.scala 32:53:@32.4]
  assign _GEN_69 = 4'h5 == io_selects_2_0 ? io_inputs_5 : _GEN_68; // @[MuxTest_width_256_inputs_16_outputs_4_pipeline_5s.scala 32:53:@32.4]
  assign _GEN_70 = 4'h6 == io_selects_2_0 ? io_inputs_6 : _GEN_69; // @[MuxTest_width_256_inputs_16_outputs_4_pipeline_5s.scala 32:53:@32.4]
  assign _GEN_71 = 4'h7 == io_selects_2_0 ? io_inputs_7 : _GEN_70; // @[MuxTest_width_256_inputs_16_outputs_4_pipeline_5s.scala 32:53:@32.4]
  assign _GEN_72 = 4'h8 == io_selects_2_0 ? io_inputs_8 : _GEN_71; // @[MuxTest_width_256_inputs_16_outputs_4_pipeline_5s.scala 32:53:@32.4]
  assign _GEN_73 = 4'h9 == io_selects_2_0 ? io_inputs_9 : _GEN_72; // @[MuxTest_width_256_inputs_16_outputs_4_pipeline_5s.scala 32:53:@32.4]
  assign _GEN_74 = 4'ha == io_selects_2_0 ? io_inputs_10 : _GEN_73; // @[MuxTest_width_256_inputs_16_outputs_4_pipeline_5s.scala 32:53:@32.4]
  assign _GEN_75 = 4'hb == io_selects_2_0 ? io_inputs_11 : _GEN_74; // @[MuxTest_width_256_inputs_16_outputs_4_pipeline_5s.scala 32:53:@32.4]
  assign _GEN_76 = 4'hc == io_selects_2_0 ? io_inputs_12 : _GEN_75; // @[MuxTest_width_256_inputs_16_outputs_4_pipeline_5s.scala 32:53:@32.4]
  assign _GEN_77 = 4'hd == io_selects_2_0 ? io_inputs_13 : _GEN_76; // @[MuxTest_width_256_inputs_16_outputs_4_pipeline_5s.scala 32:53:@32.4]
  assign _GEN_78 = 4'he == io_selects_2_0 ? io_inputs_14 : _GEN_77; // @[MuxTest_width_256_inputs_16_outputs_4_pipeline_5s.scala 32:53:@32.4]
  assign _GEN_79 = 4'hf == io_selects_2_0 ? io_inputs_15 : _GEN_78; // @[MuxTest_width_256_inputs_16_outputs_4_pipeline_5s.scala 32:53:@32.4]
  assign _GEN_81 = 4'h1 == io_selects_2_1 ? io_inputs_1 : io_inputs_0; // @[MuxTest_width_256_inputs_16_outputs_4_pipeline_5s.scala 32:53:@32.4]
  assign _GEN_82 = 4'h2 == io_selects_2_1 ? io_inputs_2 : _GEN_81; // @[MuxTest_width_256_inputs_16_outputs_4_pipeline_5s.scala 32:53:@32.4]
  assign _GEN_83 = 4'h3 == io_selects_2_1 ? io_inputs_3 : _GEN_82; // @[MuxTest_width_256_inputs_16_outputs_4_pipeline_5s.scala 32:53:@32.4]
  assign _GEN_84 = 4'h4 == io_selects_2_1 ? io_inputs_4 : _GEN_83; // @[MuxTest_width_256_inputs_16_outputs_4_pipeline_5s.scala 32:53:@32.4]
  assign _GEN_85 = 4'h5 == io_selects_2_1 ? io_inputs_5 : _GEN_84; // @[MuxTest_width_256_inputs_16_outputs_4_pipeline_5s.scala 32:53:@32.4]
  assign _GEN_86 = 4'h6 == io_selects_2_1 ? io_inputs_6 : _GEN_85; // @[MuxTest_width_256_inputs_16_outputs_4_pipeline_5s.scala 32:53:@32.4]
  assign _GEN_87 = 4'h7 == io_selects_2_1 ? io_inputs_7 : _GEN_86; // @[MuxTest_width_256_inputs_16_outputs_4_pipeline_5s.scala 32:53:@32.4]
  assign _GEN_88 = 4'h8 == io_selects_2_1 ? io_inputs_8 : _GEN_87; // @[MuxTest_width_256_inputs_16_outputs_4_pipeline_5s.scala 32:53:@32.4]
  assign _GEN_89 = 4'h9 == io_selects_2_1 ? io_inputs_9 : _GEN_88; // @[MuxTest_width_256_inputs_16_outputs_4_pipeline_5s.scala 32:53:@32.4]
  assign _GEN_90 = 4'ha == io_selects_2_1 ? io_inputs_10 : _GEN_89; // @[MuxTest_width_256_inputs_16_outputs_4_pipeline_5s.scala 32:53:@32.4]
  assign _GEN_91 = 4'hb == io_selects_2_1 ? io_inputs_11 : _GEN_90; // @[MuxTest_width_256_inputs_16_outputs_4_pipeline_5s.scala 32:53:@32.4]
  assign _GEN_92 = 4'hc == io_selects_2_1 ? io_inputs_12 : _GEN_91; // @[MuxTest_width_256_inputs_16_outputs_4_pipeline_5s.scala 32:53:@32.4]
  assign _GEN_93 = 4'hd == io_selects_2_1 ? io_inputs_13 : _GEN_92; // @[MuxTest_width_256_inputs_16_outputs_4_pipeline_5s.scala 32:53:@32.4]
  assign _GEN_94 = 4'he == io_selects_2_1 ? io_inputs_14 : _GEN_93; // @[MuxTest_width_256_inputs_16_outputs_4_pipeline_5s.scala 32:53:@32.4]
  assign _GEN_95 = 4'hf == io_selects_2_1 ? io_inputs_15 : _GEN_94; // @[MuxTest_width_256_inputs_16_outputs_4_pipeline_5s.scala 32:53:@32.4]
  assign _T_300 = _GEN_79 + _GEN_95; // @[MuxTest_width_256_inputs_16_outputs_4_pipeline_5s.scala 32:53:@32.4]
  assign _T_301 = _GEN_79 + _GEN_95; // @[MuxTest_width_256_inputs_16_outputs_4_pipeline_5s.scala 32:53:@33.4]
  assign _T_303 = _GEN_79 * _GEN_95; // @[MuxTest_width_256_inputs_16_outputs_4_pipeline_5s.scala 33:58:@34.4]
  assign _T_305 = _GEN_79 / _GEN_95; // @[MuxTest_width_256_inputs_16_outputs_4_pipeline_5s.scala 34:56:@35.4]
  assign _T_306 = 3'h3 == io_operation_2; // @[Mux.scala 46:19:@36.4]
  assign _T_307 = _T_306 ? _T_305 : 256'h0; // @[Mux.scala 46:16:@37.4]
  assign _T_308 = 3'h2 == io_operation_2; // @[Mux.scala 46:19:@38.4]
  assign _T_309 = _T_308 ? _T_303 : {{256'd0}, _T_307}; // @[Mux.scala 46:16:@39.4]
  assign _T_310 = 3'h1 == io_operation_2; // @[Mux.scala 46:19:@40.4]
  assign _T_311 = _T_310 ? {{256'd0}, _T_301} : _T_309; // @[Mux.scala 46:16:@41.4]
  assign _T_312 = 3'h0 == io_operation_2; // @[Mux.scala 46:19:@42.4]
  assign _GEN_97 = 4'h1 == io_selects_3_0 ? io_inputs_1 : io_inputs_0; // @[MuxTest_width_256_inputs_16_outputs_4_pipeline_5s.scala 32:53:@44.4]
  assign _GEN_98 = 4'h2 == io_selects_3_0 ? io_inputs_2 : _GEN_97; // @[MuxTest_width_256_inputs_16_outputs_4_pipeline_5s.scala 32:53:@44.4]
  assign _GEN_99 = 4'h3 == io_selects_3_0 ? io_inputs_3 : _GEN_98; // @[MuxTest_width_256_inputs_16_outputs_4_pipeline_5s.scala 32:53:@44.4]
  assign _GEN_100 = 4'h4 == io_selects_3_0 ? io_inputs_4 : _GEN_99; // @[MuxTest_width_256_inputs_16_outputs_4_pipeline_5s.scala 32:53:@44.4]
  assign _GEN_101 = 4'h5 == io_selects_3_0 ? io_inputs_5 : _GEN_100; // @[MuxTest_width_256_inputs_16_outputs_4_pipeline_5s.scala 32:53:@44.4]
  assign _GEN_102 = 4'h6 == io_selects_3_0 ? io_inputs_6 : _GEN_101; // @[MuxTest_width_256_inputs_16_outputs_4_pipeline_5s.scala 32:53:@44.4]
  assign _GEN_103 = 4'h7 == io_selects_3_0 ? io_inputs_7 : _GEN_102; // @[MuxTest_width_256_inputs_16_outputs_4_pipeline_5s.scala 32:53:@44.4]
  assign _GEN_104 = 4'h8 == io_selects_3_0 ? io_inputs_8 : _GEN_103; // @[MuxTest_width_256_inputs_16_outputs_4_pipeline_5s.scala 32:53:@44.4]
  assign _GEN_105 = 4'h9 == io_selects_3_0 ? io_inputs_9 : _GEN_104; // @[MuxTest_width_256_inputs_16_outputs_4_pipeline_5s.scala 32:53:@44.4]
  assign _GEN_106 = 4'ha == io_selects_3_0 ? io_inputs_10 : _GEN_105; // @[MuxTest_width_256_inputs_16_outputs_4_pipeline_5s.scala 32:53:@44.4]
  assign _GEN_107 = 4'hb == io_selects_3_0 ? io_inputs_11 : _GEN_106; // @[MuxTest_width_256_inputs_16_outputs_4_pipeline_5s.scala 32:53:@44.4]
  assign _GEN_108 = 4'hc == io_selects_3_0 ? io_inputs_12 : _GEN_107; // @[MuxTest_width_256_inputs_16_outputs_4_pipeline_5s.scala 32:53:@44.4]
  assign _GEN_109 = 4'hd == io_selects_3_0 ? io_inputs_13 : _GEN_108; // @[MuxTest_width_256_inputs_16_outputs_4_pipeline_5s.scala 32:53:@44.4]
  assign _GEN_110 = 4'he == io_selects_3_0 ? io_inputs_14 : _GEN_109; // @[MuxTest_width_256_inputs_16_outputs_4_pipeline_5s.scala 32:53:@44.4]
  assign _GEN_111 = 4'hf == io_selects_3_0 ? io_inputs_15 : _GEN_110; // @[MuxTest_width_256_inputs_16_outputs_4_pipeline_5s.scala 32:53:@44.4]
  assign _GEN_113 = 4'h1 == io_selects_3_1 ? io_inputs_1 : io_inputs_0; // @[MuxTest_width_256_inputs_16_outputs_4_pipeline_5s.scala 32:53:@44.4]
  assign _GEN_114 = 4'h2 == io_selects_3_1 ? io_inputs_2 : _GEN_113; // @[MuxTest_width_256_inputs_16_outputs_4_pipeline_5s.scala 32:53:@44.4]
  assign _GEN_115 = 4'h3 == io_selects_3_1 ? io_inputs_3 : _GEN_114; // @[MuxTest_width_256_inputs_16_outputs_4_pipeline_5s.scala 32:53:@44.4]
  assign _GEN_116 = 4'h4 == io_selects_3_1 ? io_inputs_4 : _GEN_115; // @[MuxTest_width_256_inputs_16_outputs_4_pipeline_5s.scala 32:53:@44.4]
  assign _GEN_117 = 4'h5 == io_selects_3_1 ? io_inputs_5 : _GEN_116; // @[MuxTest_width_256_inputs_16_outputs_4_pipeline_5s.scala 32:53:@44.4]
  assign _GEN_118 = 4'h6 == io_selects_3_1 ? io_inputs_6 : _GEN_117; // @[MuxTest_width_256_inputs_16_outputs_4_pipeline_5s.scala 32:53:@44.4]
  assign _GEN_119 = 4'h7 == io_selects_3_1 ? io_inputs_7 : _GEN_118; // @[MuxTest_width_256_inputs_16_outputs_4_pipeline_5s.scala 32:53:@44.4]
  assign _GEN_120 = 4'h8 == io_selects_3_1 ? io_inputs_8 : _GEN_119; // @[MuxTest_width_256_inputs_16_outputs_4_pipeline_5s.scala 32:53:@44.4]
  assign _GEN_121 = 4'h9 == io_selects_3_1 ? io_inputs_9 : _GEN_120; // @[MuxTest_width_256_inputs_16_outputs_4_pipeline_5s.scala 32:53:@44.4]
  assign _GEN_122 = 4'ha == io_selects_3_1 ? io_inputs_10 : _GEN_121; // @[MuxTest_width_256_inputs_16_outputs_4_pipeline_5s.scala 32:53:@44.4]
  assign _GEN_123 = 4'hb == io_selects_3_1 ? io_inputs_11 : _GEN_122; // @[MuxTest_width_256_inputs_16_outputs_4_pipeline_5s.scala 32:53:@44.4]
  assign _GEN_124 = 4'hc == io_selects_3_1 ? io_inputs_12 : _GEN_123; // @[MuxTest_width_256_inputs_16_outputs_4_pipeline_5s.scala 32:53:@44.4]
  assign _GEN_125 = 4'hd == io_selects_3_1 ? io_inputs_13 : _GEN_124; // @[MuxTest_width_256_inputs_16_outputs_4_pipeline_5s.scala 32:53:@44.4]
  assign _GEN_126 = 4'he == io_selects_3_1 ? io_inputs_14 : _GEN_125; // @[MuxTest_width_256_inputs_16_outputs_4_pipeline_5s.scala 32:53:@44.4]
  assign _GEN_127 = 4'hf == io_selects_3_1 ? io_inputs_15 : _GEN_126; // @[MuxTest_width_256_inputs_16_outputs_4_pipeline_5s.scala 32:53:@44.4]
  assign _T_317 = _GEN_111 + _GEN_127; // @[MuxTest_width_256_inputs_16_outputs_4_pipeline_5s.scala 32:53:@44.4]
  assign _T_318 = _GEN_111 + _GEN_127; // @[MuxTest_width_256_inputs_16_outputs_4_pipeline_5s.scala 32:53:@45.4]
  assign _T_320 = _GEN_111 * _GEN_127; // @[MuxTest_width_256_inputs_16_outputs_4_pipeline_5s.scala 33:58:@46.4]
  assign _T_322 = _GEN_111 / _GEN_127; // @[MuxTest_width_256_inputs_16_outputs_4_pipeline_5s.scala 34:56:@47.4]
  assign _T_323 = 3'h3 == io_operation_3; // @[Mux.scala 46:19:@48.4]
  assign _T_324 = _T_323 ? _T_322 : 256'h0; // @[Mux.scala 46:16:@49.4]
  assign _T_325 = 3'h2 == io_operation_3; // @[Mux.scala 46:19:@50.4]
  assign _T_326 = _T_325 ? _T_320 : {{256'd0}, _T_324}; // @[Mux.scala 46:16:@51.4]
  assign _T_327 = 3'h1 == io_operation_3; // @[Mux.scala 46:19:@52.4]
  assign _T_328 = _T_327 ? {{256'd0}, _T_318} : _T_326; // @[Mux.scala 46:16:@53.4]
  assign _T_329 = 3'h0 == io_operation_3; // @[Mux.scala 46:19:@54.4]
  assign io_outputs_0 = _T_341[255:0]; // @[MuxTest_width_256_inputs_16_outputs_4_pipeline_5s.scala 23:14:@136.4]
  assign io_outputs_1 = _T_352[255:0]; // @[MuxTest_width_256_inputs_16_outputs_4_pipeline_5s.scala 23:14:@137.4]
  assign io_outputs_2 = _T_363[255:0]; // @[MuxTest_width_256_inputs_16_outputs_4_pipeline_5s.scala 23:14:@138.4]
  assign io_outputs_3 = _T_374[255:0]; // @[MuxTest_width_256_inputs_16_outputs_4_pipeline_5s.scala 23:14:@139.4]
`ifdef RANDOMIZE_GARBAGE_ASSIGN
`define RANDOMIZE
`endif
`ifdef RANDOMIZE_INVALID_ASSIGN
`define RANDOMIZE
`endif
`ifdef RANDOMIZE_REG_INIT
`define RANDOMIZE
`endif
`ifdef RANDOMIZE_MEM_INIT
`define RANDOMIZE
`endif
`ifndef RANDOM
`define RANDOM $random
`endif
`ifdef RANDOMIZE
  integer initvar;
  initial begin
    `ifdef INIT_RANDOM
      `INIT_RANDOM
    `endif
    `ifndef VERILATOR
      #0.002 begin end
    `endif
  `ifdef RANDOMIZE_REG_INIT
  _RAND_0 = {16{`RANDOM}};
  _T_333 = _RAND_0[511:0];
  `endif // RANDOMIZE_REG_INIT
  `ifdef RANDOMIZE_REG_INIT
  _RAND_1 = {16{`RANDOM}};
  _T_335 = _RAND_1[511:0];
  `endif // RANDOMIZE_REG_INIT
  `ifdef RANDOMIZE_REG_INIT
  _RAND_2 = {16{`RANDOM}};
  _T_337 = _RAND_2[511:0];
  `endif // RANDOMIZE_REG_INIT
  `ifdef RANDOMIZE_REG_INIT
  _RAND_3 = {16{`RANDOM}};
  _T_339 = _RAND_3[511:0];
  `endif // RANDOMIZE_REG_INIT
  `ifdef RANDOMIZE_REG_INIT
  _RAND_4 = {16{`RANDOM}};
  _T_341 = _RAND_4[511:0];
  `endif // RANDOMIZE_REG_INIT
  `ifdef RANDOMIZE_REG_INIT
  _RAND_5 = {16{`RANDOM}};
  _T_344 = _RAND_5[511:0];
  `endif // RANDOMIZE_REG_INIT
  `ifdef RANDOMIZE_REG_INIT
  _RAND_6 = {16{`RANDOM}};
  _T_346 = _RAND_6[511:0];
  `endif // RANDOMIZE_REG_INIT
  `ifdef RANDOMIZE_REG_INIT
  _RAND_7 = {16{`RANDOM}};
  _T_348 = _RAND_7[511:0];
  `endif // RANDOMIZE_REG_INIT
  `ifdef RANDOMIZE_REG_INIT
  _RAND_8 = {16{`RANDOM}};
  _T_350 = _RAND_8[511:0];
  `endif // RANDOMIZE_REG_INIT
  `ifdef RANDOMIZE_REG_INIT
  _RAND_9 = {16{`RANDOM}};
  _T_352 = _RAND_9[511:0];
  `endif // RANDOMIZE_REG_INIT
  `ifdef RANDOMIZE_REG_INIT
  _RAND_10 = {16{`RANDOM}};
  _T_355 = _RAND_10[511:0];
  `endif // RANDOMIZE_REG_INIT
  `ifdef RANDOMIZE_REG_INIT
  _RAND_11 = {16{`RANDOM}};
  _T_357 = _RAND_11[511:0];
  `endif // RANDOMIZE_REG_INIT
  `ifdef RANDOMIZE_REG_INIT
  _RAND_12 = {16{`RANDOM}};
  _T_359 = _RAND_12[511:0];
  `endif // RANDOMIZE_REG_INIT
  `ifdef RANDOMIZE_REG_INIT
  _RAND_13 = {16{`RANDOM}};
  _T_361 = _RAND_13[511:0];
  `endif // RANDOMIZE_REG_INIT
  `ifdef RANDOMIZE_REG_INIT
  _RAND_14 = {16{`RANDOM}};
  _T_363 = _RAND_14[511:0];
  `endif // RANDOMIZE_REG_INIT
  `ifdef RANDOMIZE_REG_INIT
  _RAND_15 = {16{`RANDOM}};
  _T_366 = _RAND_15[511:0];
  `endif // RANDOMIZE_REG_INIT
  `ifdef RANDOMIZE_REG_INIT
  _RAND_16 = {16{`RANDOM}};
  _T_368 = _RAND_16[511:0];
  `endif // RANDOMIZE_REG_INIT
  `ifdef RANDOMIZE_REG_INIT
  _RAND_17 = {16{`RANDOM}};
  _T_370 = _RAND_17[511:0];
  `endif // RANDOMIZE_REG_INIT
  `ifdef RANDOMIZE_REG_INIT
  _RAND_18 = {16{`RANDOM}};
  _T_372 = _RAND_18[511:0];
  `endif // RANDOMIZE_REG_INIT
  `ifdef RANDOMIZE_REG_INIT
  _RAND_19 = {16{`RANDOM}};
  _T_374 = _RAND_19[511:0];
  `endif // RANDOMIZE_REG_INIT
  end
`endif // RANDOMIZE
  always @(posedge clock) begin
    if (_T_278) begin
      _T_333 <= {{256'd0}, _GEN_15};
    end else begin
      _T_333 <= _T_277;
    end
    _T_335 <= _T_333;
    _T_337 <= _T_335;
    _T_339 <= _T_337;
    _T_341 <= _T_339;
    if (_T_295) begin
      _T_344 <= {{256'd0}, _GEN_47};
    end else begin
      _T_344 <= _T_294;
    end
    _T_346 <= _T_344;
    _T_348 <= _T_346;
    _T_350 <= _T_348;
    _T_352 <= _T_350;
    if (_T_312) begin
      _T_355 <= {{256'd0}, _GEN_79};
    end else begin
      _T_355 <= _T_311;
    end
    _T_357 <= _T_355;
    _T_359 <= _T_357;
    _T_361 <= _T_359;
    _T_363 <= _T_361;
    if (_T_329) begin
      _T_366 <= {{256'd0}, _GEN_111};
    end else begin
      _T_366 <= _T_328;
    end
    _T_368 <= _T_366;
    _T_370 <= _T_368;
    _T_372 <= _T_370;
    _T_374 <= _T_372;
  end
endmodule